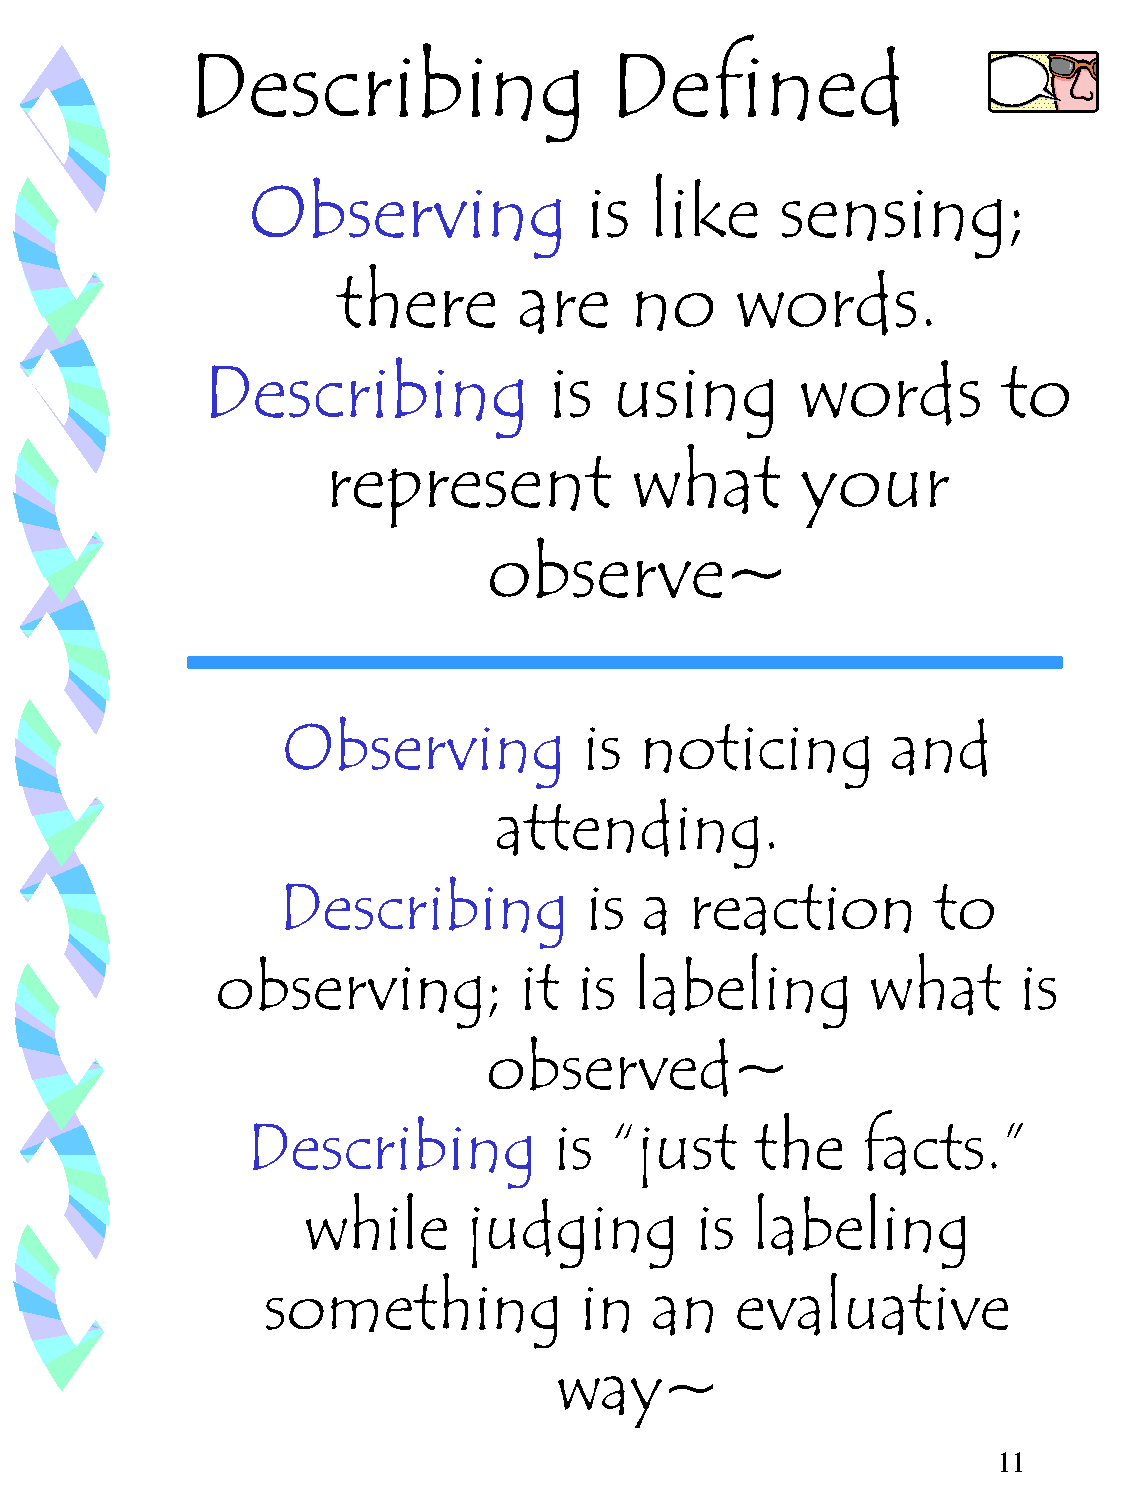
Describing                  Defined
 Observing              is  like     sensing;
 there       are     no     words.
 Describing             is   using       words        to
 represent           what       your
 observe~
 Observing           is noticing         and
 attending.
 Describing           is  a  reaction        to
 observing;          it  is  labeling        what     is
 observed~
 Describing           is “just     the    facts.”
 while      judging        is  labeling
 something            in   an    evaluative
 way~
 11